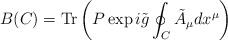
\begin{align*}B(C)= {\rm Tr} \left( P \exp i\tilde{g} \oint_C \tilde{A}_\mu dx^\mu \right)\end{align*}